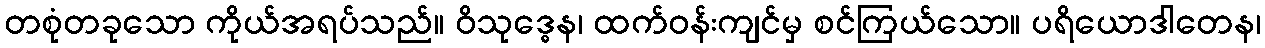
တစုံတခုသော ကိုယ်အရပ်သည်။ ဝိသုဒ္ဓေန၊ ထက်ဝန်းကျင်မှ စင်ကြယ်သော။ ပရိယောဒါတေန၊